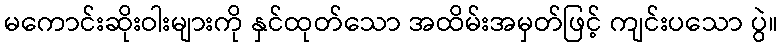
မကောင်းဆိုးဝါးများကို နှင်ထုတ်သော အထိမ်းအမှတ်ဖြင့် ကျင်းပသော ပွဲ။